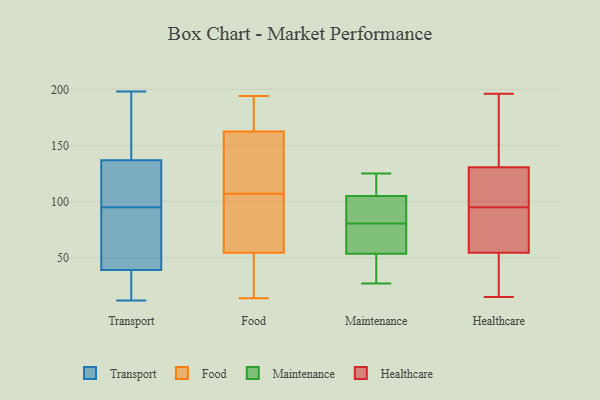
{"axis": {"x": "Conversion Rate (%)", "y": "Value"}, "legend": ["Food", "Healthcare", "Maintenance", "Transport"], "data": [{"x": "", "y": 136, "type": "Transport"}, {"x": "", "y": 99, "type": "Transport"}, {"x": "", "y": 39, "type": "Transport"}, {"x": "", "y": 198, "type": "Transport"}, {"x": "", "y": 137, "type": "Transport"}, {"x": "", "y": 12, "type": "Transport"}, {"x": "", "y": 18, "type": "Transport"}, {"x": "", "y": 187, "type": "Transport"}, {"x": "", "y": 156, "type": "Transport"}, {"x": "", "y": 122, "type": "Transport"}, {"x": "", "y": 95, "type": "Transport"}, {"x": "", "y": 52, "type": "Transport"}, {"x": "", "y": 41, "type": "Transport"}, {"x": "", "y": 29, "type": "Transport"}, {"x": "", "y": 39, "type": "Transport"}, {"x": "", "y": 189, "type": "Food"}, {"x": "", "y": 116, "type": "Food"}, {"x": "", "y": 57, "type": "Food"}, {"x": "", "y": 70, "type": "Food"}, {"x": "", "y": 164, "type": "Food"}, {"x": "", "y": 32, "type": "Food"}, {"x": "", "y": 185, "type": "Food"}, {"x": "", "y": 19, "type": "Food"}, {"x": "", "y": 76, "type": "Food"}, {"x": "", "y": 107, "type": "Food"}, {"x": "", "y": 14, "type": "Food"}, {"x": "", "y": 138, "type": "Food"}, {"x": "", "y": 162, "type": "Food"}, {"x": "", "y": 194, "type": "Food"}, {"x": "", "y": 47, "type": "Food"}, {"x": "", "y": 155, "type": "Food"}, {"x": "", "y": 66, "type": "Food"}, {"x": "", "y": 99, "type": "Maintenance"}, {"x": "", "y": 80, "type": "Maintenance"}, {"x": "", "y": 78, "type": "Maintenance"}, {"x": "", "y": 50, "type": "Maintenance"}, {"x": "", "y": 125, "type": "Maintenance"}, {"x": "", "y": 52, "type": "Maintenance"}, {"x": "", "y": 122, "type": "Maintenance"}, {"x": "", "y": 111, "type": "Maintenance"}, {"x": "", "y": 81, "type": "Maintenance"}, {"x": "", "y": 55, "type": "Maintenance"}, {"x": "", "y": 27, "type": "Maintenance"}, {"x": "", "y": 82, "type": "Maintenance"}, {"x": "", "y": 39, "type": "Healthcare"}, {"x": "", "y": 65, "type": "Healthcare"}, {"x": "", "y": 15, "type": "Healthcare"}, {"x": "", "y": 72, "type": "Healthcare"}, {"x": "", "y": 86, "type": "Healthcare"}, {"x": "", "y": 42, "type": "Healthcare"}, {"x": "", "y": 194, "type": "Healthcare"}, {"x": "", "y": 104, "type": "Healthcare"}, {"x": "", "y": 18, "type": "Healthcare"}, {"x": "", "y": 163, "type": "Healthcare"}, {"x": "", "y": 106, "type": "Healthcare"}, {"x": "", "y": 68, "type": "Healthcare"}, {"x": "", "y": 120, "type": "Healthcare"}, {"x": "", "y": 150, "type": "Healthcare"}, {"x": "", "y": 108, "type": "Healthcare"}, {"x": "", "y": 72, "type": "Healthcare"}, {"x": "", "y": 141, "type": "Healthcare"}, {"x": "", "y": 44, "type": "Healthcare"}, {"x": "", "y": 196, "type": "Healthcare"}, {"x": "", "y": 112, "type": "Healthcare"}]}